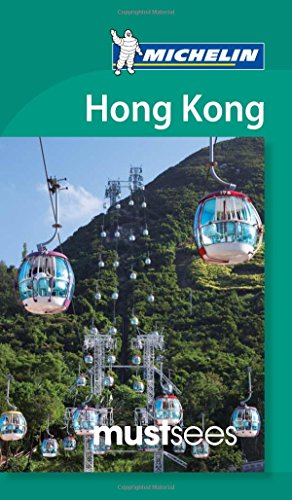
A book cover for Michelin Must Sees Hong Kong (Must See Guides/Michelin); Michelin Travel & Lifestyle; Travel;